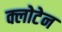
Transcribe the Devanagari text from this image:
क्लोटेन